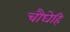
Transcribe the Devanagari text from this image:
चौघेहि